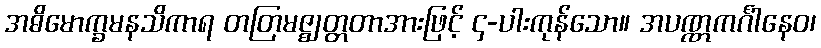
အဓိမောက္ခမနသိကာရ တတြမဇ္ဈတ္တတာအားဖြင့် ၄-ပါးကုန်သော။ အပဏ္ဏကင်္ဂါနေဝ၊